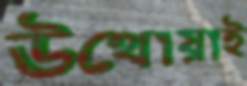
উথোয়াই